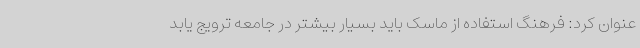
عنوان کرد: فرهنگ استفاده از ماسک باید بسیار بیشتر در جامعه ترویج یابد